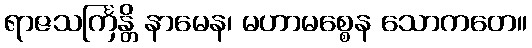
ရာဇသင်္ကြန္တိ နာမေန၊ မဟာမစ္စေန သောကတေ။